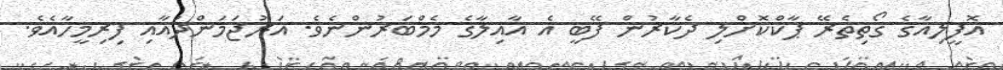
އޮފީލިއާގެ ގޯތިތެރޭ ޕާކްކޮށްލި ދެކާރުން ފޭބީ އެ އާއިލާގެ މެމްބަރުންނެވެ. އަރުޖަމަންދުއާއި ފިރިމީހާއެވެ.